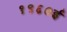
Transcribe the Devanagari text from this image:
१९६०ई